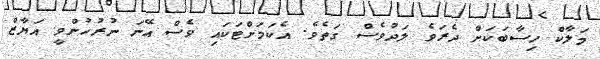
މަލާކް ހިސާބަކަށް ދެރަވެ ލަދުވެސް ގަތެވެ. އެކަމަށްޓަކައި ވެސް އޭނަ ނުރުހުންވީ އަޔާޒް